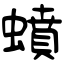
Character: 蟦